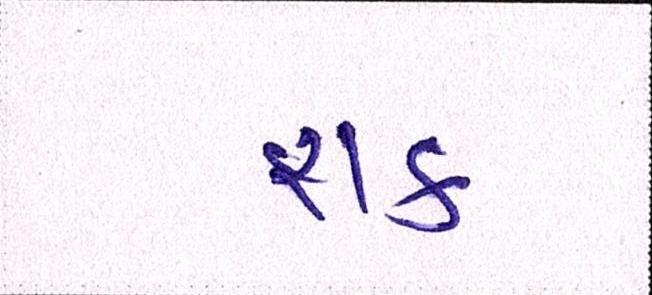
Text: શક